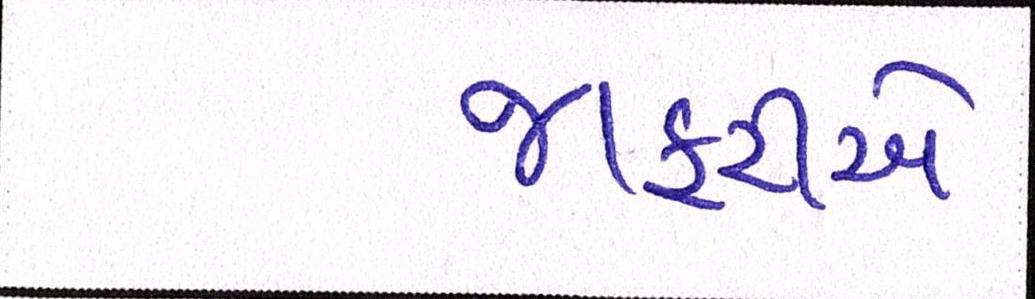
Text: જાફરીએ